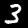
Digit: 3